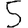
Digit: 5